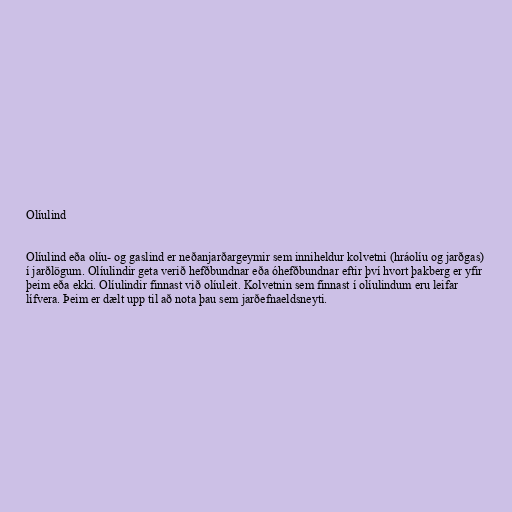
Olíulind

Olíulind eða olíu- og gaslind er neðanjarðargeymir sem inniheldur kolvetni (hráolíu og jarðgas)
í jarðlögum. Olíulindir geta verið hefðbundnar eða óhefðbundnar eftir því hvort þakberg er yfir
þeim eða ekki. Olíulindir finnast við olíuleit. Kolvetnin sem finnast í olíulindum eru leifar
lífvera. Þeim er dælt upp til að nota þau sem jarðefnaeldsneyti.